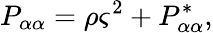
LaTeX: P_{\alpha\alpha}=\rho\varsigma^{2}+P_{\alpha\alpha}^{*},